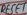
Text: RESET